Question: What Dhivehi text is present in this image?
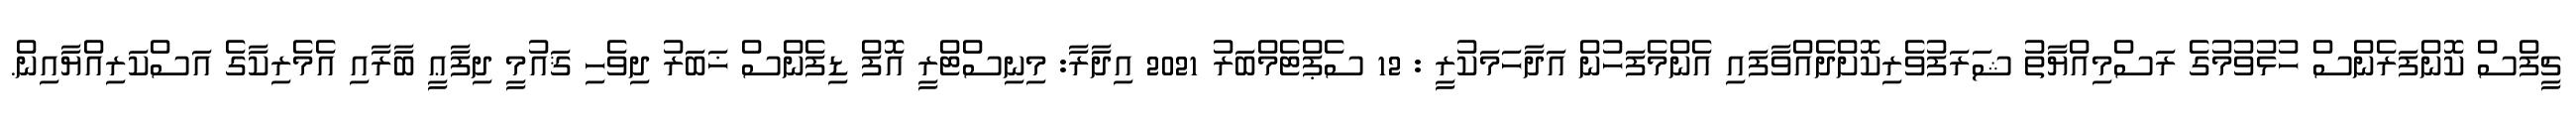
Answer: ޗީފްސް ކޮންފަރެންސް ހުޅުވުމުގެ ރަސްމިއްޔާތު ޝަރަފުވެރިކޮށްދެއްވާފައި އެންމެފަހުން އަދާހަމަކުރީ : 12 ސެޕްޓެމްބަރު 2021 އިދާރާ: މިނިސްޓްރީ އޮފް ޑިފެންސް ޚަބަރު ދިވެހި ޤައުމީ ދިފާޢީ ބާރާއި އެމެރިކާގެ އަސްކަރިއްޔާއިން.